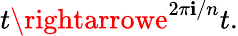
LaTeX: t\rightarrowe^{2\pi\mathbf{i}/n}t.